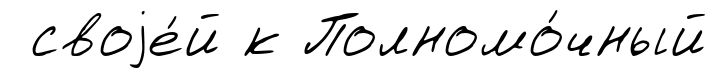
своjе́й к Полномо́чный